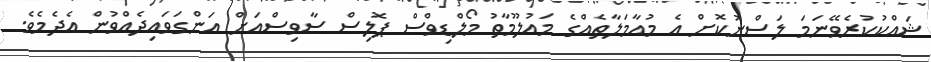
ޝައްކުކުރެވޭނަމަ ލަސްނުކޮށް އެ މުއާމަލާތެއްގެ މައުލޫމާތު މޯލްޑިވްސް ޕޮލިސް ސާވިސްއަށް އަންގަވައިދެއްވުން އެދެމެވެ.